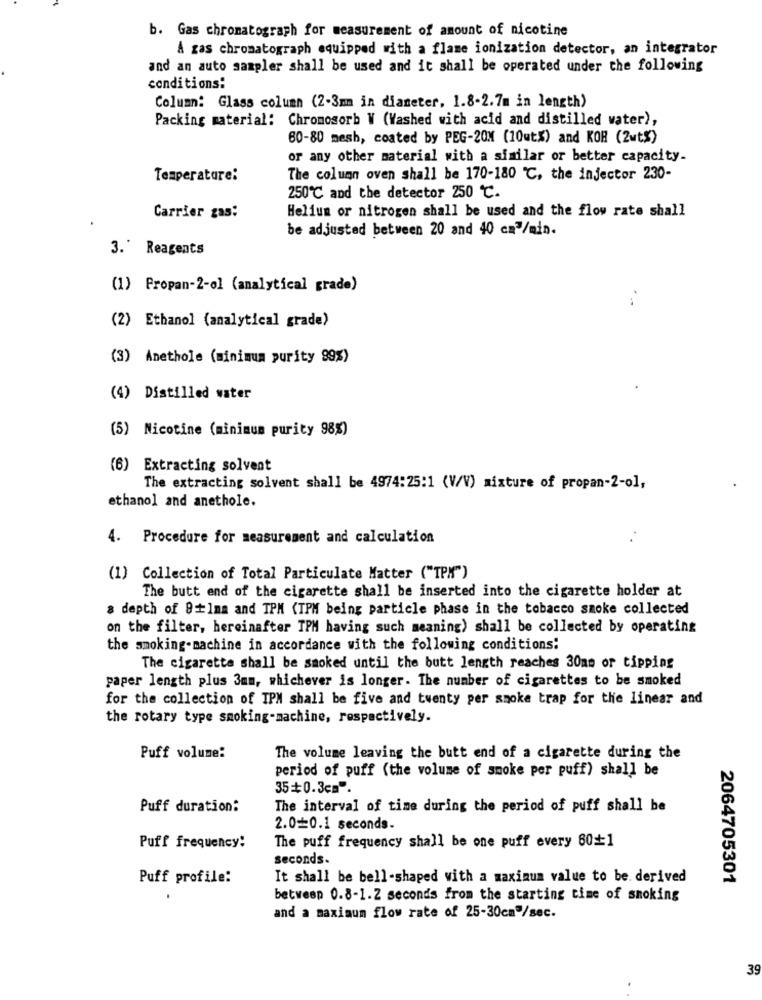
b. Gas chromatograph for measurement of amount of nicotine
A zas chromatograph equipped with a flame ionization detector, an integrator
and an auto sampler shall be used and it shall be operated under the following
conditions:
Column: Glass column (2-3mm in diameter, 1.8-2.7m in length)
Packing material: Chromosorb W (Washed with acid and distilled water),
60-80 mesh, coated by PEG-20M (10utx) and KOH (2wt$)
or any other material with a similar or better capacity.
Temperature:
The column oven shall be 170-180 ℃, the injector 230-
250℃ and the detector 250 ℃.
Helium or nitrogen shall be used and the flow rate shall
Carrier gas:
be adjusted between 20 and 40 cm"/min.
3.' Reagents
(1) Propan-2-ol (analytical grade)
(2) Ethanol (analytical grade)
(3) Anethole (minimum purity 99%)
(4) Distilled water
(5) Nicotine (minimum purity 98%)
(6) Extracting solvent
The extracting solvent shall be 4974:25:1 (V/V) mixture of propan-2-ol,
ethanol and anethole.
4. Procedure for measurement and calculation
. .
(1) Collection of Total Particulate Matter ("TPM")
The butt end of the cigarette shall be inserted into the cigarette holder at
a depth of 8+1ma and TPM (TPM being particle phase in the tobacco smoke collected
on the filter, hereinafter TPM having such meaning) shall be collected by operating
the smoking-machine in accordance with the following conditions!
The cigaretta shall be smoked until the butt length reaches 30mm or tipping
paper length plus 3mm, whichever is longer. The number of cigarettes to be smoked
for the collection of TPM shall be five and twenty per smoke trap for the linear and
the rotary type smoking-machine, respectively.
Puff volume:
The volume leaving the butt end of a cigarette during the
period of puff (the volume of smoke per puff) shall be
35 =0.3cm".
Puff duration:
The interval of time during the period of puff shall be
2.00.1 seconds.
The puff frequency shall be one puff every 60=1
Puff frequency:
seconds.
Puff profile:
It shall be bell-shaped with a maximum value to be. derived
2064705301
between 0.8-1.2 seconds from the starting time of smoking
and a maximum flow rate of 25-30cm"/sec.
39